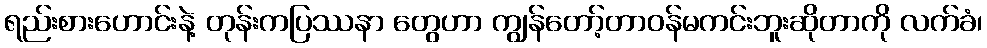
ရည်းစားဟောင်းနဲ့ တုန်းကပြဿနာ တွေဟာ ကျွန်တော့်တာဝန်မကင်းဘူးဆိုတာကို လက်ခံ၊